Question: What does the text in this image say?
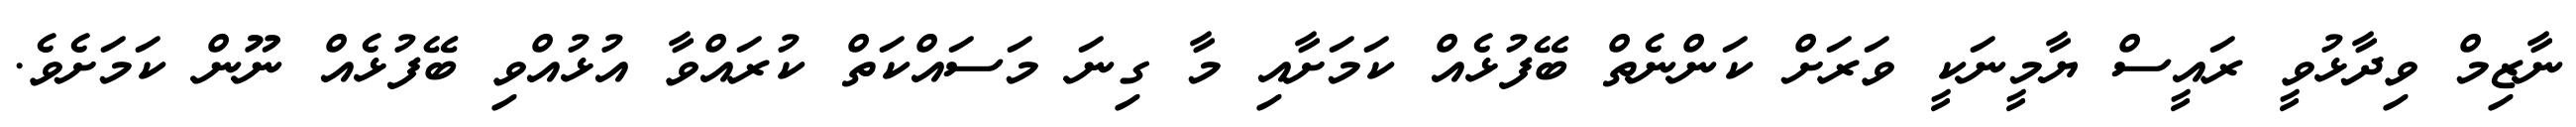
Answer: ނާޒިމް ވިދާޅުވީ ރައީސް ޔާމީނަކީ ވަރަށް ކަންނެތް ބޭފުޅެއް ކަމަށާއި މާ ގިނަ މަސައްކަތް ކުރައްވާ އުޅުއްވި ބޭފުޅެއް ނޫން ކަމަށެވެ.